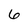
Character: 6